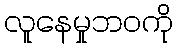
လူနေမှုဘဝကို